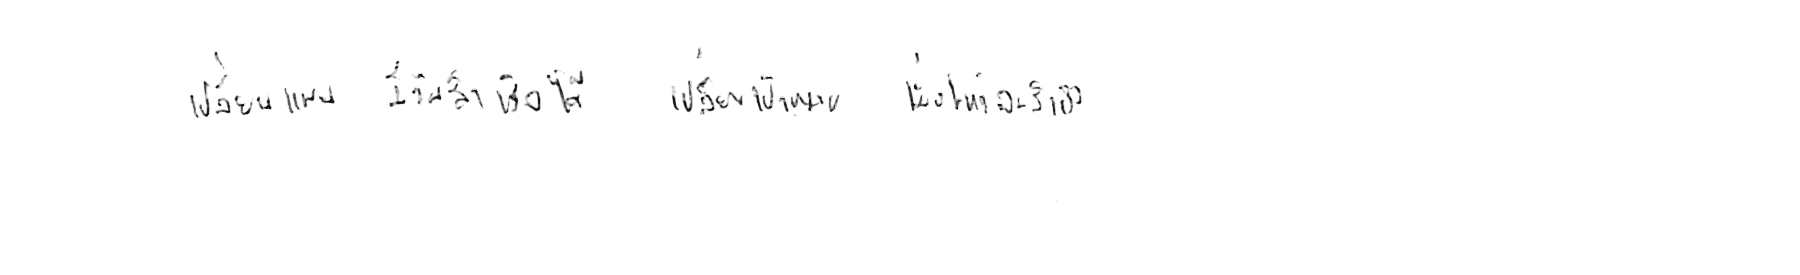
เปลี่ยนแผน มีวันสำเร็จได้ เปลี่ยนเป้าหมาย เมื่อไหร่จะสำเร็จ